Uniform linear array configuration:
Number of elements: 32
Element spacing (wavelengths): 0.5
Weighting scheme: blackman
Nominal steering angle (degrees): -45
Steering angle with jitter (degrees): -44.709
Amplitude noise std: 0.05
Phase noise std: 0.05

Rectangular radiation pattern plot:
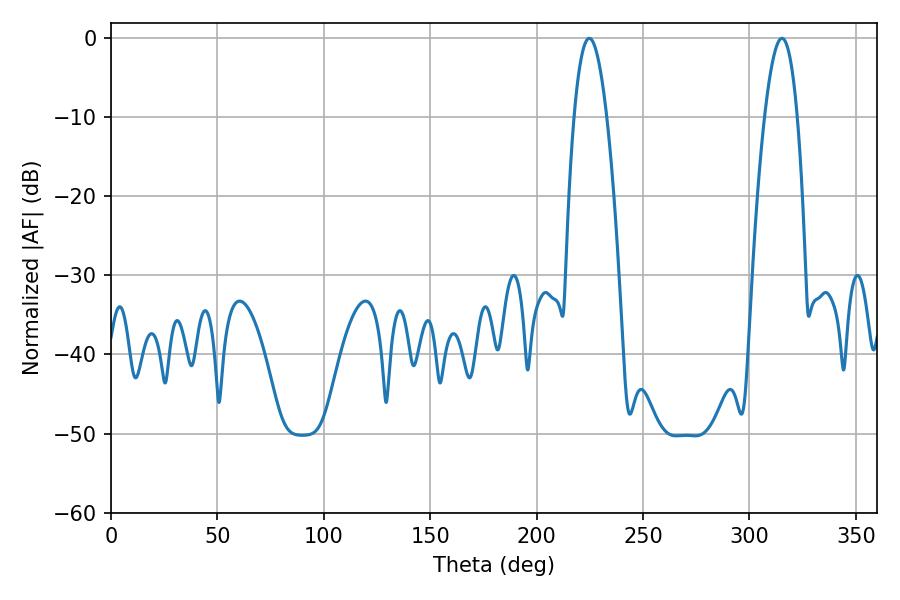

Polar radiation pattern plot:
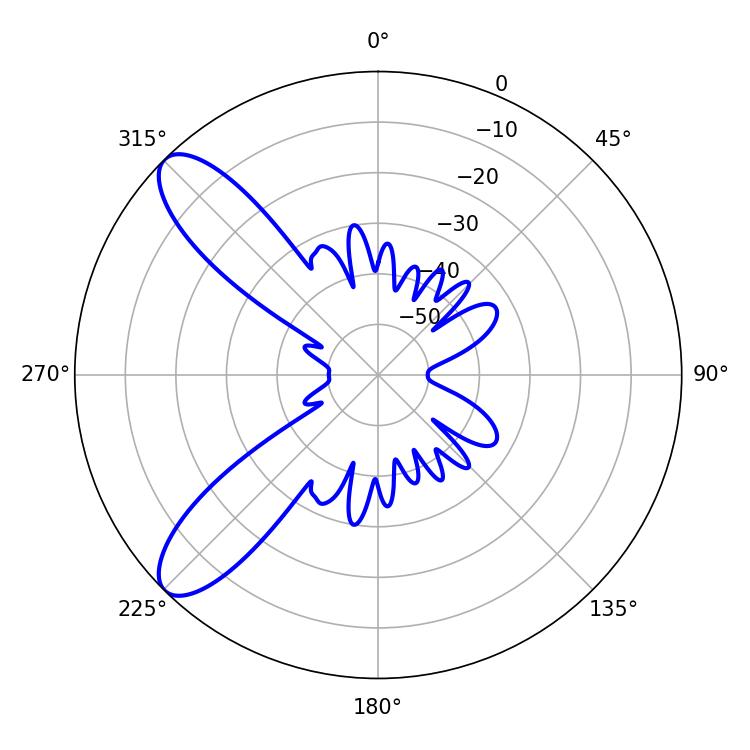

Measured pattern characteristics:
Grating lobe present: FALSE
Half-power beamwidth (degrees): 8.46
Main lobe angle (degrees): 315.18